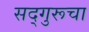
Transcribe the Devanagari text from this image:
सद्गुरूचा